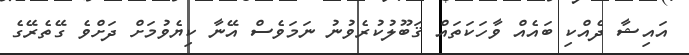
އައިޝާ ދެއްކި ބައެއް ވާހަކަތައް ޤަބޫލުކުރެވުނު ނަމަވެސް އޭނާ ކިޔެވުމަށް ދަށްވެ ގޭތެރޭގެ